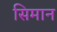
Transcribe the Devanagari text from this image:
सिमान